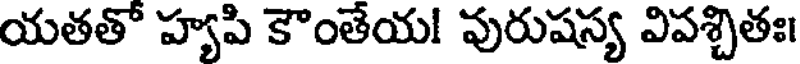
యతతో హ్యపి కౌంతేయ! వురుషస్య విపశ్చితః।